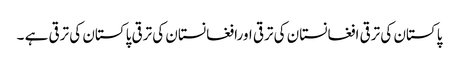
پاکستان کی ترقی افغانستان کی ترقی اورافغانستان کی ترقی پاکستان کی ترقی ہے ۔